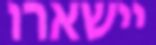
יישארו